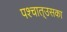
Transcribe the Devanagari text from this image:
पश्‍चात्‌उसका